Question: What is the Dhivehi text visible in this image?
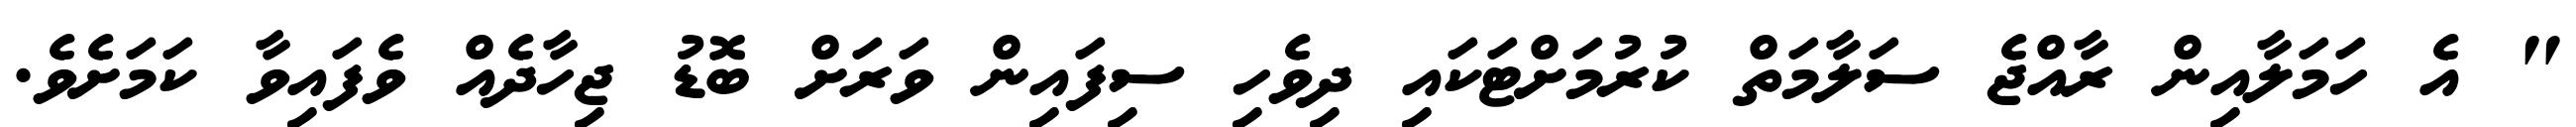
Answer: " އެ ހަމަލާއިން ރާއްޖެ ސަލާމަތް ކުރުމަށްޓަކައި ދިވެހި ސިފައިން ވަރަށް ބޮޑު ޖިހާދެއް ވެފައިވާ ކަމަށެވެ.